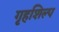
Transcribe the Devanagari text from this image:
गृहशिल्प